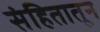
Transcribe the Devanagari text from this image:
संहितातून